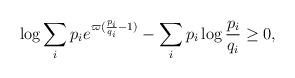
LaTeX: \begin{align*} \begin{aligned} \log { \sum_i p_i e^{\varpi(\frac{p_i}{q_i}-1)} } - \sum_i p_i \log { \frac{p_i}{q_i} } \ge 0, \end{aligned}\end{align*}